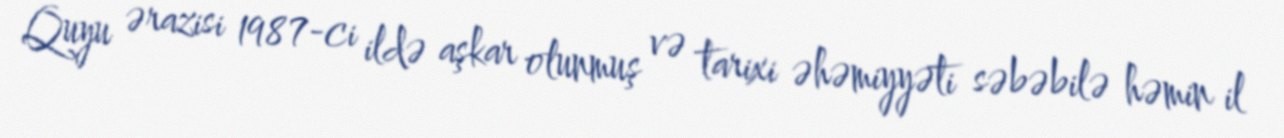
Quyu ərazisi 1987-ci ildə aşkar olunmuş və tarixi əhəmiyyəti səbəbilə həmin il